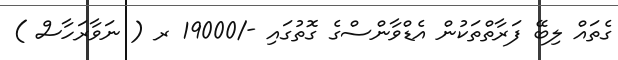
ގެތައް ލިބޭ ފަރާތްތަކުން އެޑްވާންސްގެ ގޮތުގައި -/19000 ރ ( ނަވާރަހާސް )